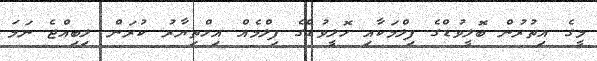
މީގެ އިތުރުން ބޮލީވުޑްގެ ފިލްމަކާއި ހޮލީވުޑްގެ ފިލްމެއް އިހްތިޔާރު ކުރަން ލިބިއްޖެ ނަމަ